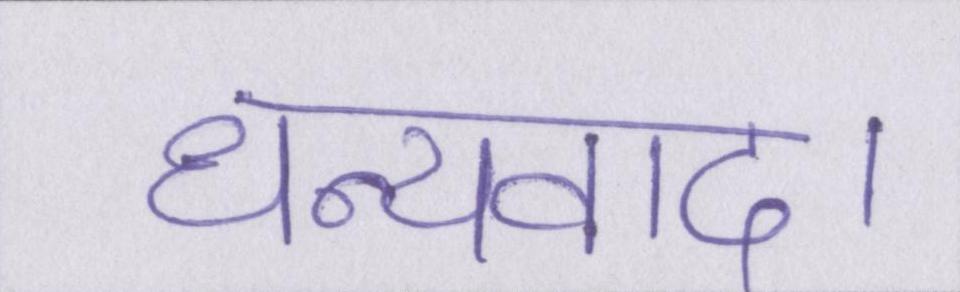
धन्यवाद।